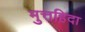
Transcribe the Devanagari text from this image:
मुत्तह़िदा